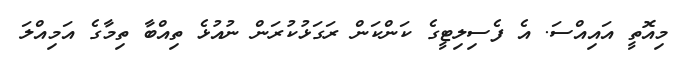
މިއޮތީ އައިއްސަ. އެ ފެސިލިޓީގެ ކަންކަން ރަގަޅުކުރަން ނުއުޅެ ތިއްބާ ތިމާގެ އަމިއްލަ